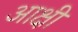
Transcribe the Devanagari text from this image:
आक्षी